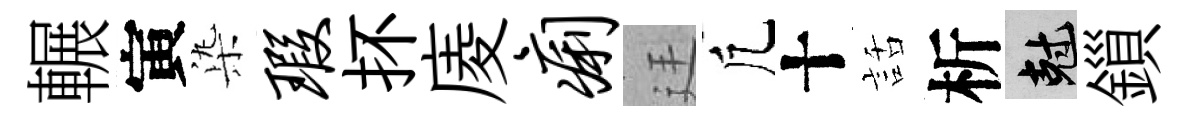
輾寅𣑱瑕抔庱痢廷凢十話析剋鎻